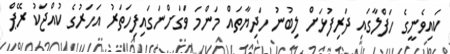
ކައިވެނީގެ ހަފްލާގައި ދަރިފުޅަށް ލިބުނު ހަދިޔާތައް މަންމަ ވަގަށްނަގައިފިހަތަރު އަހަރުގެ ކުއްޖަކު ރޭޕް